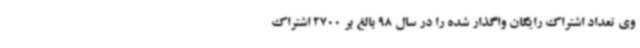
وی تعداد اشتراک رایگان واگذار شده را در سال 98 بالغ بر 2700 اشتراک